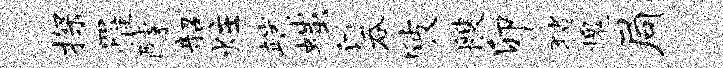
探罹醵韶炷端嗤汀吞陂艘卯猪槐局